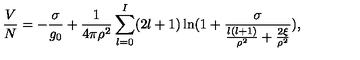
\frac { V } { N } = - \frac { \sigma } { g _ { 0 } } + \frac { 1 } { 4 \pi \rho ^ { 2 } } \sum _ { l = 0 } ^ { I } ( 2 l + 1 ) \ln ( 1 + \frac { \sigma } { \frac { l ( l + 1 ) } { \rho ^ { 2 } } + \frac { 2 \xi } { \rho ^ { 2 } } } ) ,